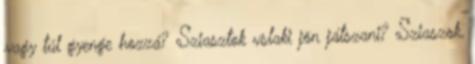
vagy túl gyenge hozzá? Sziasztok vslaki jön játszani? Sziaszok,